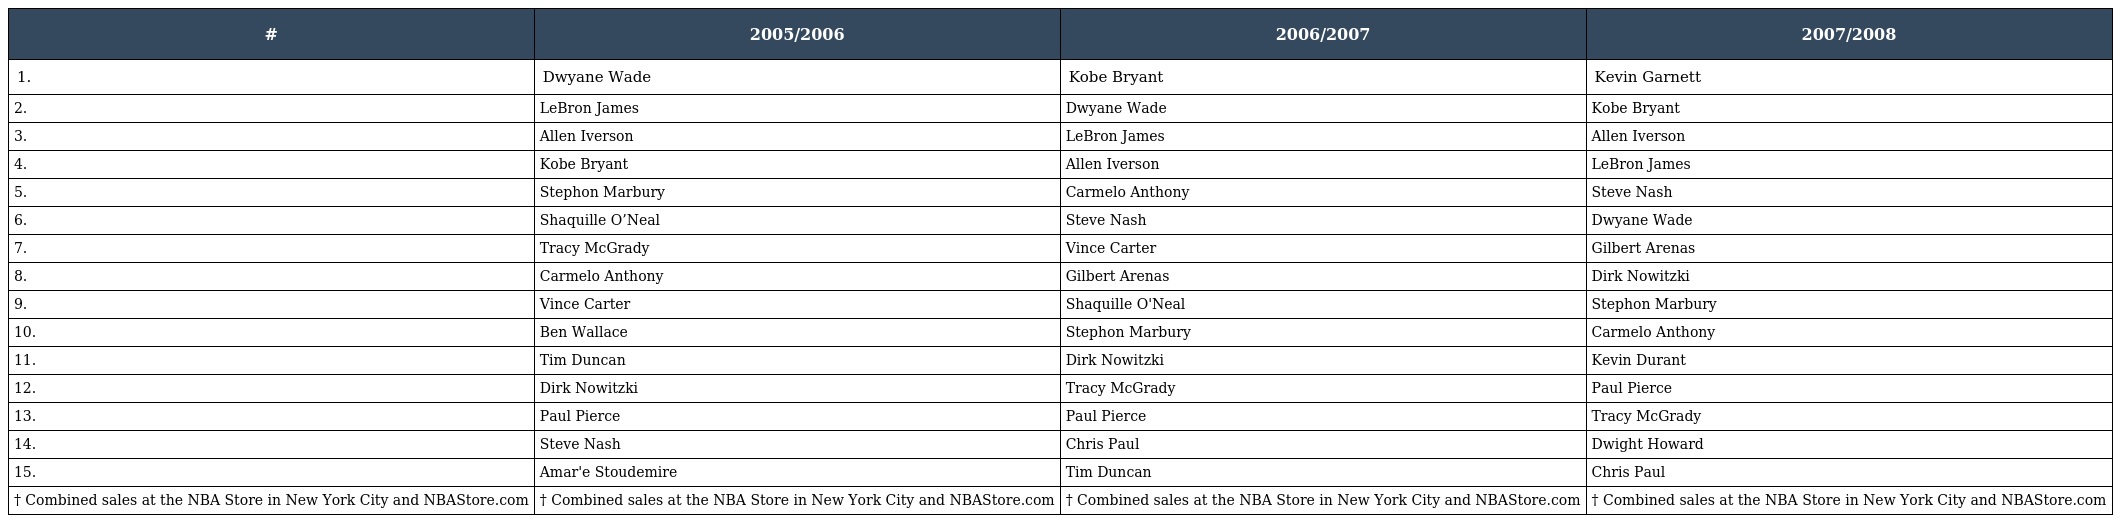
| # | 2005/2006 | 2006/2007 | 2007/2008 |
 | --- | --- | --- | --- |
 | 1. | Dwyane Wade | Kobe Bryant | Kevin Garnett |
 | 2. | LeBron James | Dwyane Wade | Kobe Bryant |
 | 3. | Allen Iverson | LeBron James | Allen Iverson |
 | 4. | Kobe Bryant | Allen Iverson | LeBron James |
 | 5. | Stephon Marbury | Carmelo Anthony | Steve Nash |
 | 6. | Shaquille O’Neal | Steve Nash | Dwyane Wade |
 | 7. | Tracy McGrady | Vince Carter | Gilbert Arenas |
 | 8. | Carmelo Anthony | Gilbert Arenas | Dirk Nowitzki |
 | 9. | Vince Carter | Shaquille O'Neal | Stephon Marbury |
 | 10. | Ben Wallace | Stephon Marbury | Carmelo Anthony |
 | 11. | Tim Duncan | Dirk Nowitzki | Kevin Durant |
 | 12. | Dirk Nowitzki | Tracy McGrady | Paul Pierce |
 | 13. | Paul Pierce | Paul Pierce | Tracy McGrady |
 | 14. | Steve Nash | Chris Paul | Dwight Howard |
 | 15. | Amar'e Stoudemire | Tim Duncan | Chris Paul |
 | † Combined sales at the NBA Store in New York City and NBAStore.com | † Combined sales at the NBA Store in New York City and NBAStore.com | † Combined sales at the NBA Store in New York City and NBAStore.com | † Combined sales at the NBA Store in New York City and NBAStore.com |